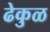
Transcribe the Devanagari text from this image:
ढेकुळ